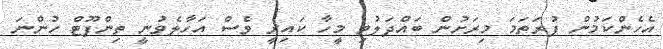
އެހެންކަމުން ފުރަތަމަ މިރަށުން ބައްދަލުވި މީހާ ކައިރީ ވެސް އަހާލެވުނީ ތިންފޫޓް ހުންނަ